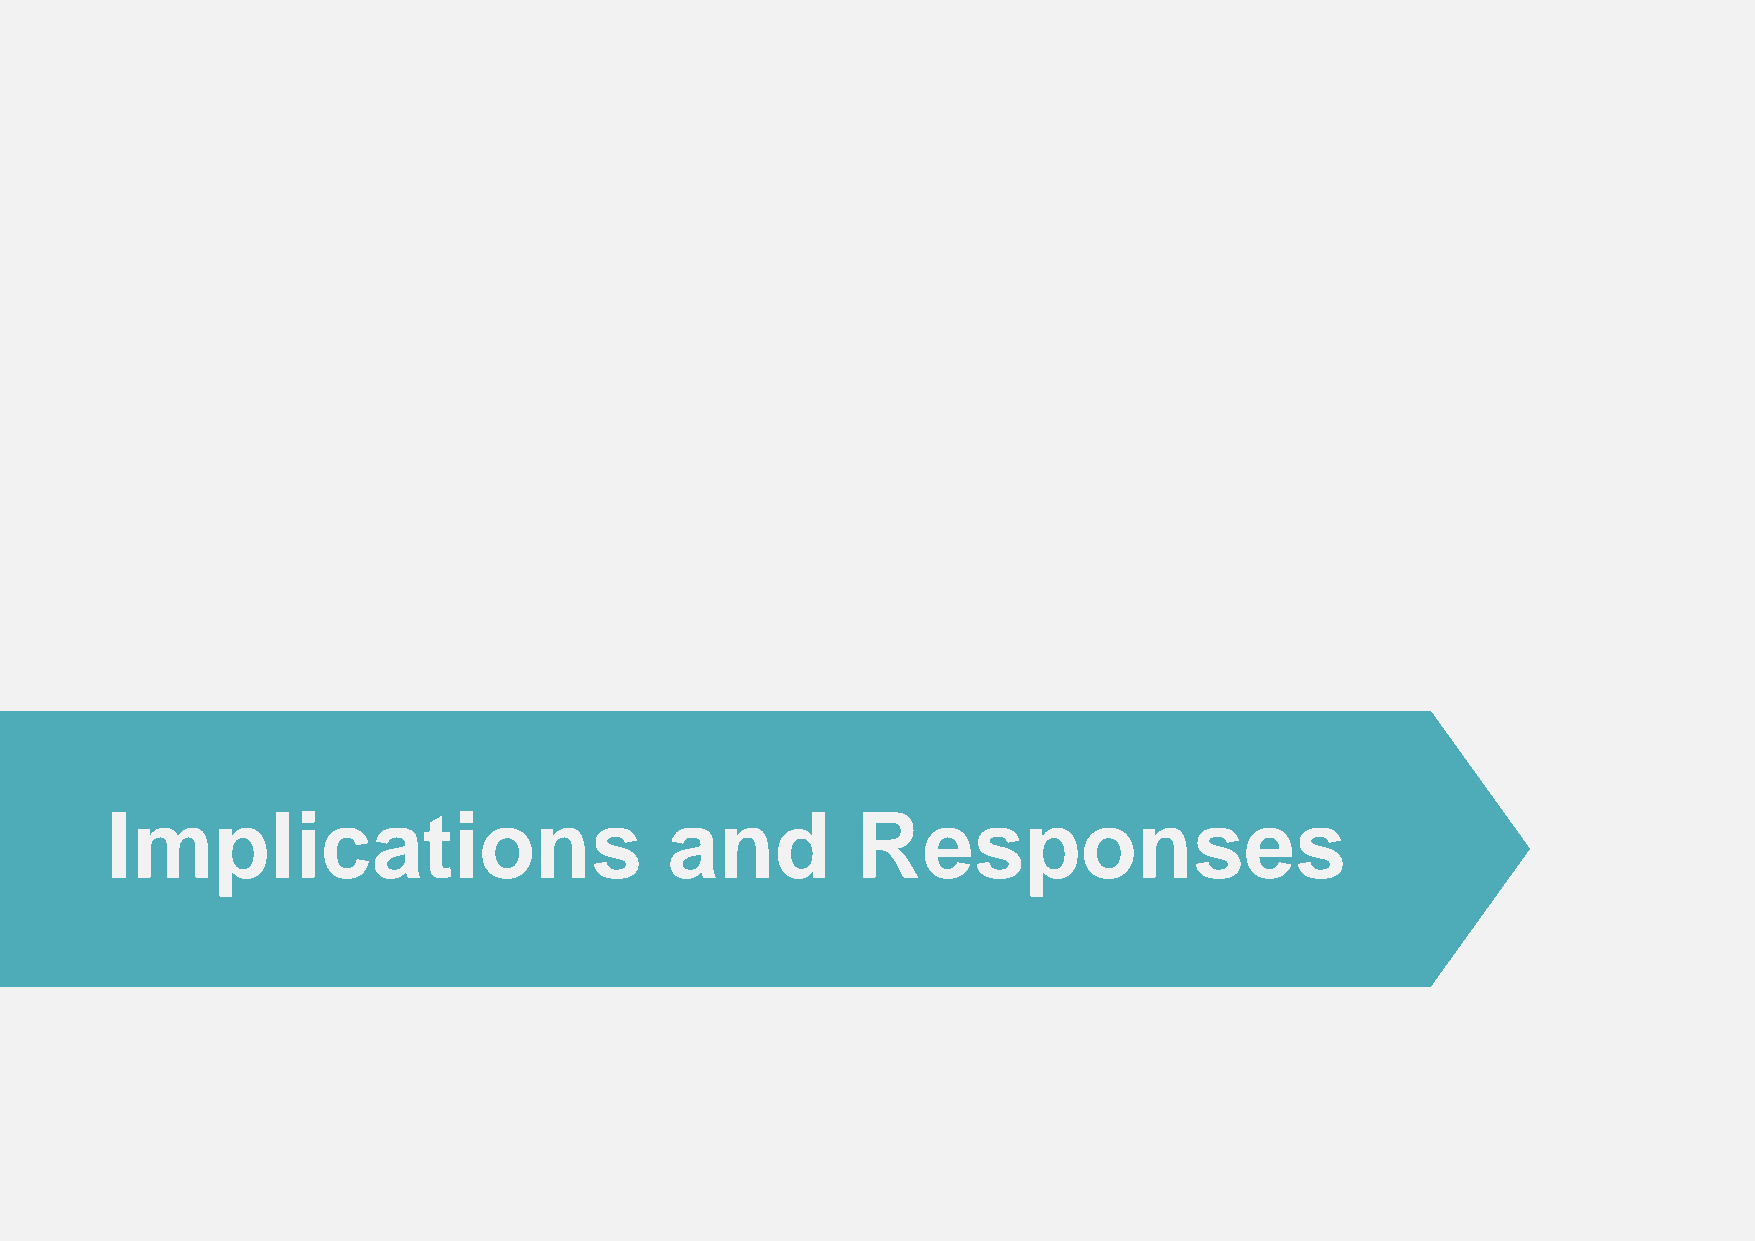
Implications                         and          Responses